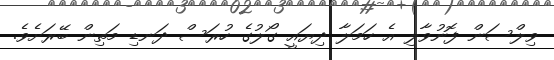
ވިލްސަން ފޮނުވާލި އެ ހަމަލާ ދިޔައީ ގޯލުގެ ހުރަސް ދަނޑި މަތިން ބޭރަށެވެ.